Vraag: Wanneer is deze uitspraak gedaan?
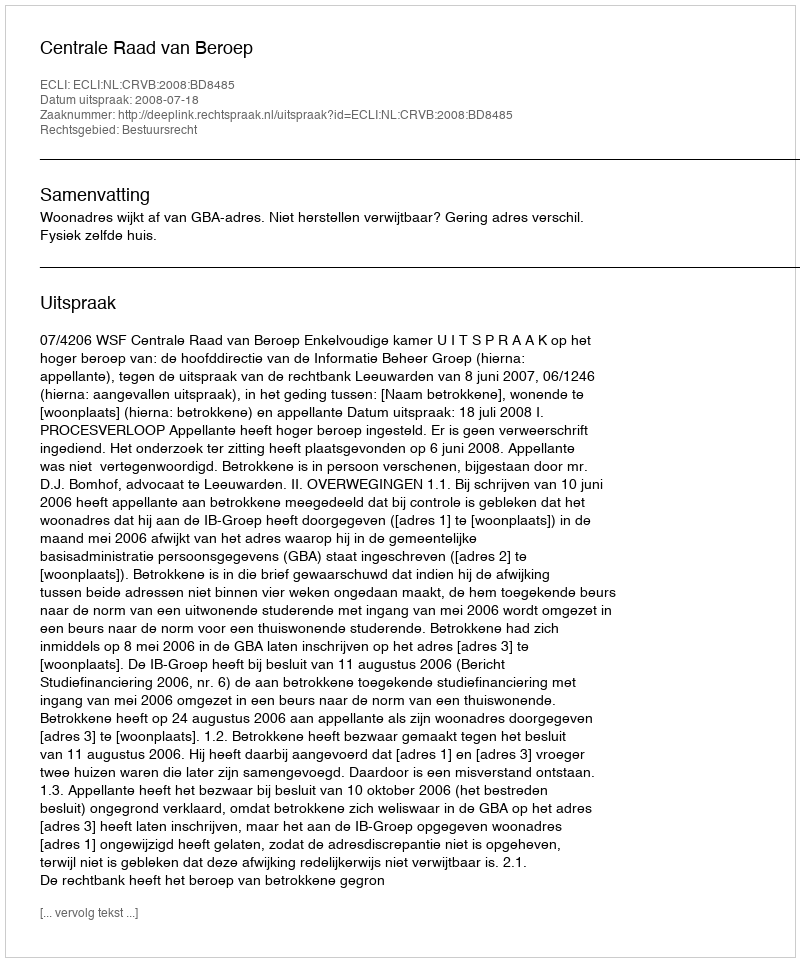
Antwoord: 2008-07-18